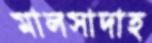
মালসাদাহ